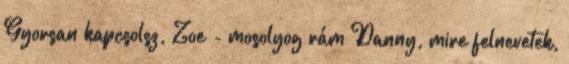
Gyorsan kapcsolsz, Zoe - mosolyog rám Danny, mire felnevetek,